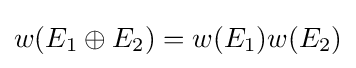
w(E_{1}\oplus E_{2})=w(E_{1})w(E_{2})